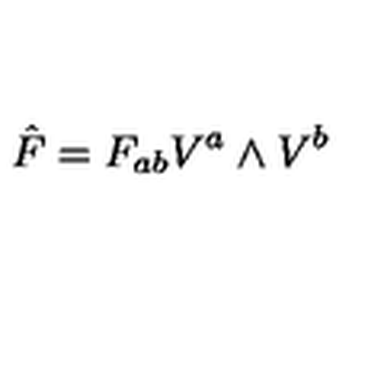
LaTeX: { \hat { F } } = F _ { a b } V ^ { a } \wedge V ^ { b }